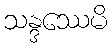
သန္ဒဿေမိ